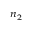
^ { n _ { 2 } }